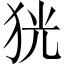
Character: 㹰